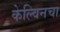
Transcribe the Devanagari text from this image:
केल्विनचा